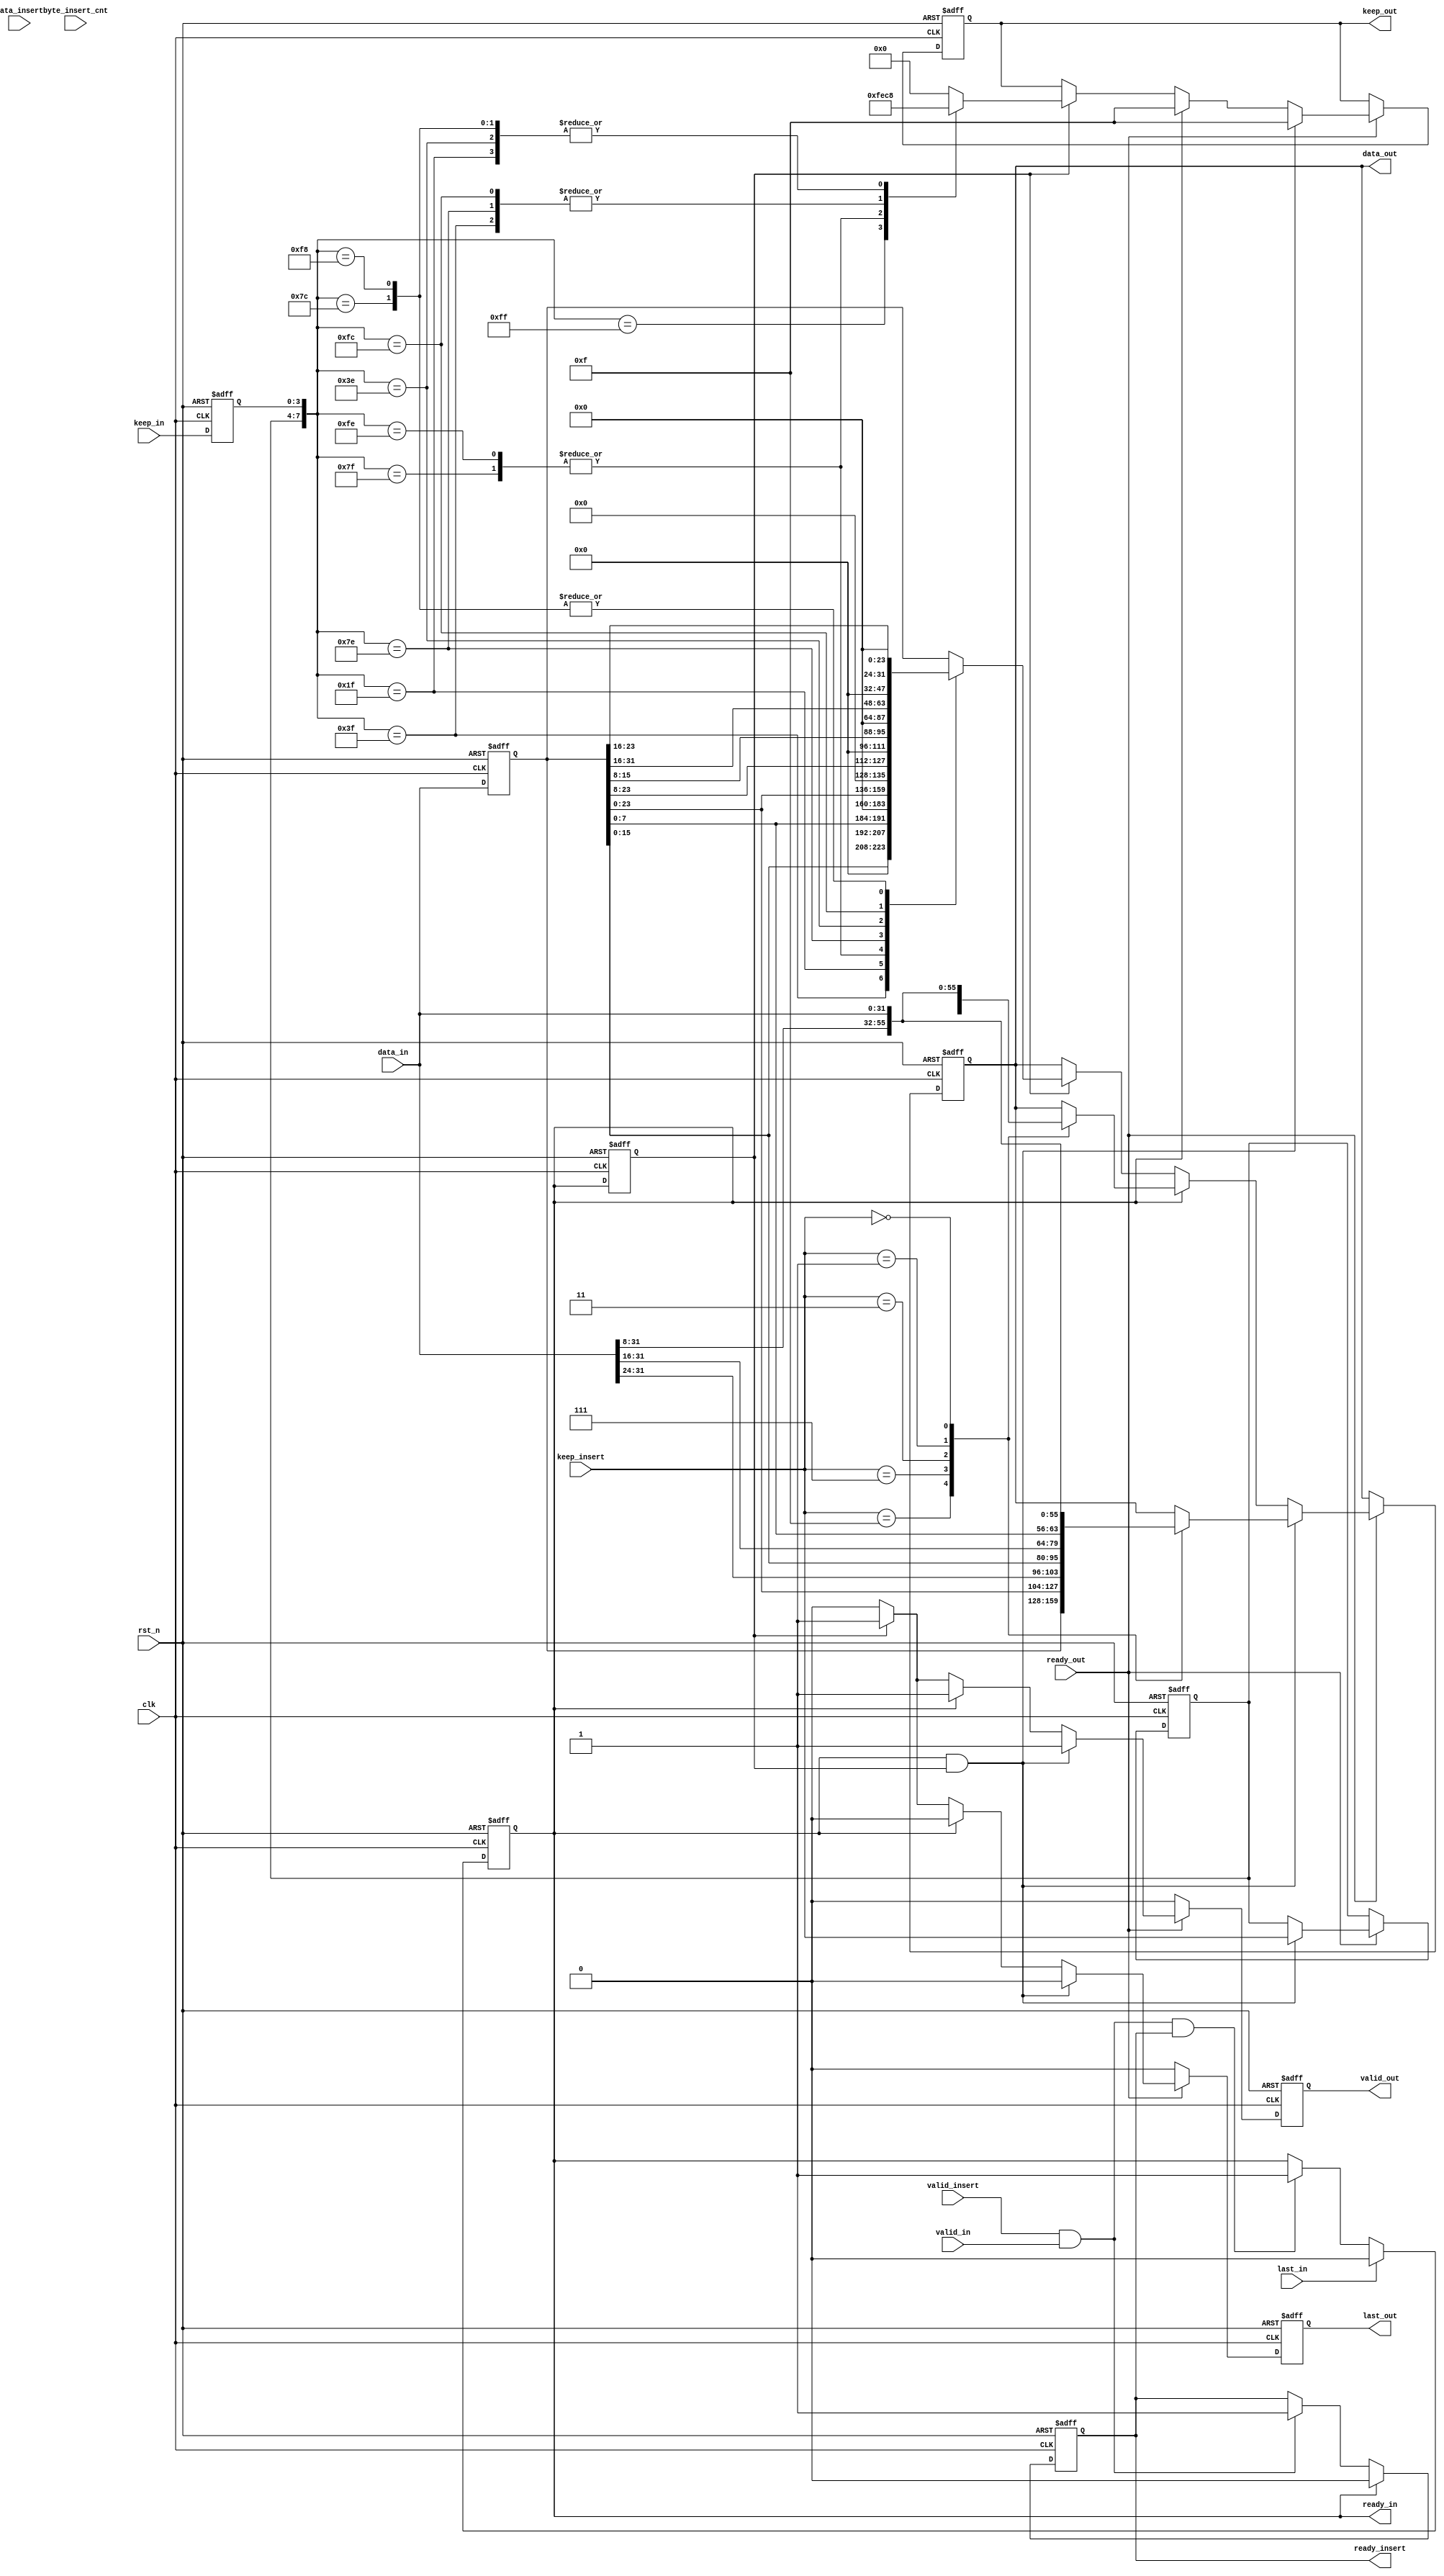
module axi_stream_insert_header #(
parameter DATA_WD = 32,
parameter DATA_BYTE_WD = DATA_WD / 8,
parameter BYTE_CNT_WD = $clog2(DATA_BYTE_WD)
) (
 input                        clk,
input                        rst_n,
// AXI Stream input original data
input                        valid_in,
input   [DATA_WD-1 : 0]      data_in,
input   [DATA_BYTE_WD-1 : 0] keep_in,
input                        last_in,
output                       ready_in,
// AXI Stream output with header inserted
output                       valid_out,
output  [DATA_WD-1 : 0]      data_out,
output  [DATA_BYTE_WD-1 : 0] keep_out,
output                       last_out,
input                        ready_out,
// The header to be inserted to AXI Stream input
input                        valid_insert,
input   [DATA_WD-1 : 0]      data_insert,
input   [DATA_BYTE_WD-1 : 0] keep_insert,
input   [BYTE_CNT_WD-1 : 0]  byte_insert_cnt,
output                       ready_insert
);

reg ready_in_r1;
reg ready_in_r2;
reg valid_out_r;
reg [DATA_WD-1 : 0]      data_out_r;
reg [DATA_BYTE_WD-1 : 0] keep_out_r;
reg last_out_r;
reg ready_insert_r;


assign ready_in  = ready_in_r1;
assign valid_out = valid_out_r;
assign data_out  = data_out_r;
assign keep_out  = keep_out_r;
assign last_out  = last_out_r;
assign ready_insert = ready_insert_r;

reg [DATA_WD-1 : 0] data_in_r;

reg [DATA_BYTE_WD-1 : 0] keep_in_r;
reg [DATA_BYTE_WD-1 : 0] keep_insert_r;
////////////////////////////////////////////////////////////////////////////////////////////////////////
always @(posedge clk or negedge rst_n) begin
    if(~rst_n) begin
        ready_insert_r <= 0;
    end 
    else if (ready_in) begin
        ready_insert_r <= 0;
    end
    else if (valid_insert && valid_in) begin
    	ready_insert_r <= 1;
    end
    else begin
    	ready_insert_r <= ready_insert_r;
    end
end

always@(posedge clk or negedge rst_n)begin
    if(!rst_n)begin
    	ready_in_r1 <= 0;
    end
    else if(last_in)begin
    	ready_in_r1 <= 0;
    end
    else if(valid_in && valid_insert && ready_insert)begin
    	ready_in_r1 <= 1;
    end
    else begin 
    	ready_in_r1 <= ready_in_r1;
    end
end

always@(posedge clk or negedge rst_n)begin
    if(!rst_n)
    	ready_in_r2 <= 0;
    else
    	ready_in_r2 <= ready_in_r1;
end

always@(posedge clk or negedge rst_n)begin
    if(!rst_n)
    	data_in_r <= 0;
    else
    	data_in_r <= data_in;
end
    
always@(posedge clk or negedge rst_n)begin
    if(!rst_n)
    	keep_in_r <= 0;
    else
    	keep_in_r <= keep_in;
end
//////////////////////////////////////////////////////////////////////////////////////////////////////////////
always@(posedge clk or negedge rst_n)begin
    if(!rst_n)begin
        valid_out_r <= 0;
        data_out_r  <= 0;
        keep_out_r  <= 0;
        last_out_r  <= 0;
	keep_insert_r <= 0;
    end
    else if(ready_out)begin
        if(ready_in_r1 && ready_in_r2)begin
            case(keep_insert)
   	       4'b1111: data_out_r <= data_in_r;
   	       4'b0111: data_out_r <= {data_in_r[23:0],data_in[DATA_WD-1:24]};
   	       4'b0011: data_out_r <= {data_in_r[15:0],data_in[DATA_WD-1:16]};
   	       4'b0001: data_out_r <= {data_in_r[7:0],data_in[DATA_WD-1:8]};
   	       4'b0000: data_out_r <= data_in;
   	       default: data_out_r <= data_out_r;
 	   endcase
 	   valid_out_r <= 1;
 	   keep_out_r  <= 4'b1111;
 	   last_out_r  <= 0;
	   keep_insert_r <= keep_insert;
        end
        else if(ready_in_r1)begin
            case(keep_insert)
   	       4'b1111: data_out_r <= data_insert;
   	       4'b0111: data_out_r <= {data_insert[23:0],data_in[DATA_WD-1:24]};
   	       4'b0011: data_out_r <= {data_insert[15:0],data_in[DATA_WD-1:16]};
   	       4'b0001: data_out_r <= {data_insert[7:0],data_in[DATA_WD-1:8]};
   	       4'b0000: data_out_r <= data_in;
   	       default: data_out_r <= data_out_r;
 	   endcase
 	   valid_out_r <= 1;
   	   keep_out_r  <= 4'b1111;
 	   last_out_r  <= 0;
	   keep_insert_r <= keep_insert_r;
        end
        else if(ready_in_r2)begin
	    case({keep_insert_r,keep_in_r})
	        8'b1111_1111:begin
				data_out_r <= data_in_r;
				keep_out_r <= 4'b1111;
			     end 
		8'b0111_1111:begin
				data_out_r <= {data_in_r[23:0],8'b0};
				keep_out_r <= 4'b1110;
			     end
    		8'b0011_1111:begin
				data_out_r <= {data_in_r[15:0],16'b0};
				keep_out_r <= 4'b1100;
		     	     end
		8'b0001_1111: begin
				data_out_r <= {data_in_r[7:0],24'b0};
				keep_out_r <= 4'b1000;
			     end
		8'b1111_1110:begin
				data_out_r <= {data_in_r[23:0],8'b0};
				keep_out_r <= 4'b1110;
			     end
		8'b0111_1110:begin
				data_out_r <= {data_in_r[23:8],16'b0};
				keep_out_r <= 4'b1100;
			     end
    		8'b0011_1110:begin
				data_out_r <= {data_in_r[15:8],24'b0};
				keep_out_r <= 4'b1000;
			     end
		8'b1111_1100:begin
				data_out_r <= {data_in_r[DATA_WD-1:16],16'b0};
				keep_out_r <= 4'b1100;
			     end
		8'b0111_1100:begin
				data_out_r <= {data_in_r[23:16],24'b0};
				keep_out_r <= 4'b1000;
			     end
		8'b1111_1000:begin
				data_out_r <= {data_in_r[DATA_WD-1:16],24'b0};
				keep_out_r <= 4'b1000;
			     end
		default : begin 
				data_out_r <= data_in_r;
				keep_out_r <= 4'b0;
			 end
	    endcase
	    valid_out_r <= 1;
    	    last_out_r  <= 1;
            keep_insert_r <= keep_insert_r;
        end
        else begin
            valid_out_r <= 0;
            data_out_r  <= data_out_r;
            keep_out_r  <= keep_out_r;
            last_out_r  <= 0;
            keep_insert_r <= keep_insert_r;
        end
    end	
    else begin
        valid_out_r <= 0;
	data_out_r  <= data_out_r;
	keep_out_r  <= keep_out_r;
	last_out_r  <= 0;
    end
end						
endmodule